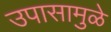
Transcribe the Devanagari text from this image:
उपासामुळे